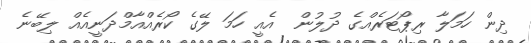
ދިން ހަމަލާ ރިޕޯޓަރެއްގެ ދުލުން  އެއީ ހަމަ ލޭގެ ކޯރެއްއާމްދަނީއެއް ލިބޭނެ